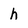
Character: h